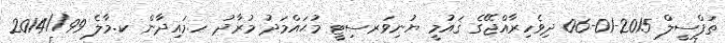
ތަފްސީލް 2015-01-06 ދިވެހިރާއްޖޭގެ ޤައުމީ ޔުނިވަރސިޓީ މުޙައްމަދު މުރާދު ހ.މައިދާން ކ.މާލެ 99//2014